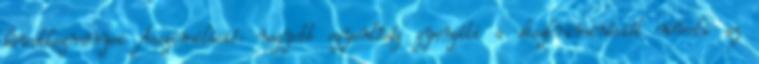
következményei Asszimiláció: nagyobb egyenlőség gyengíti a diszkriminációt növeli az